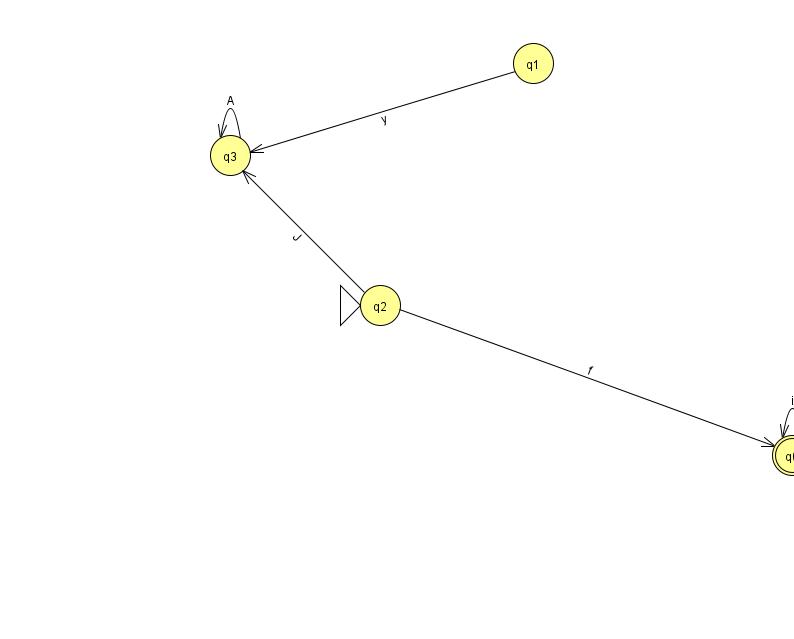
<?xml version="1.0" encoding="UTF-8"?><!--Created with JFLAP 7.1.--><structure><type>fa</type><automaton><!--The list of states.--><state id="0" name="q0"><x>792.0</x><y>442.0</y><final/></state><state id="1" name="q1"><x>533.0</x><y>50.0</y></state><state id="2" name="q2"><x>380.0</x><y>292.0</y><initial/></state><state id="3" name="q3"><x>230.0</x><y>142.0</y></state><!--The list of transitions.--><transition><from>3</from><to>3</to><read>A</read></transition><transition><from>0</from><to>0</to><read>i</read></transition><transition><from>1</from><to>3</to><read>y</read></transition><transition><from>2</from><to>3</to><read>J</read></transition><transition><from>2</from><to>0</to><read>f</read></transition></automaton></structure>